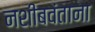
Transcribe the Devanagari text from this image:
नशीबवंताना